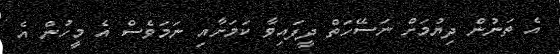
އެ ތަނުން ދިޔުމަށް ނަސޭހަތް ދީފައިވާ ކަމަށާއި ނަމަވެސް އެ މީހުން އެ